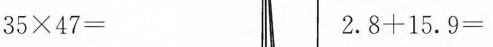
$$3 5 \times 4 7=$$ $$2 . 8 +1 5 . 9 =$$